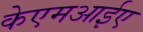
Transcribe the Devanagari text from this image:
केएमआईए